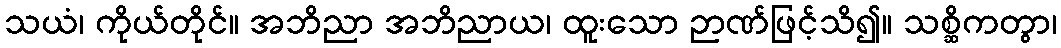
သယံ၊ ကိုယ်တိုင်။ အဘိညာ အဘိညာယ၊ ထူးသော ဉာဏ်ဖြင့်သိ၍။ သစ္ဆိကတွာ၊